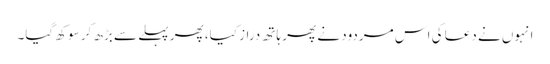
انہوں نے دعا کی اس مردود نے پھر ہاتھ دراز کیا، پھر پہلے سے بڑھ کر سوکھ گیا۔